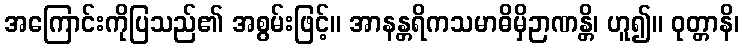
အကြောင်းကိုပြသည်၏ အစွမ်းဖြင့်။ အာနန္တရိကသမာဓိမှိဉာဏန္တိ၊ ဟူ၍။ ဝုတ္တာနိ၊